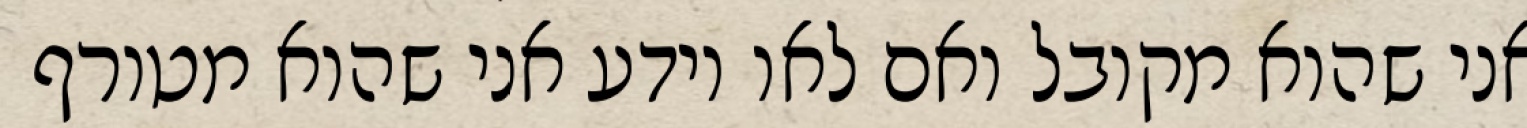
אני שהוא מקובל ואם לאו יודע אני שהוא מטורף